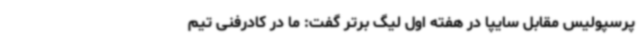
پرسپولیس مقابل سایپا در هفته اول لیگ برتر گفت: ما در کادرفنی تیم